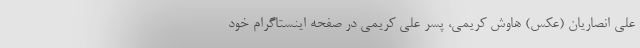
علی انصاریان (عکس) هاوش کریمی، پسر علی کریمی در صفحه اینستاگرام خود